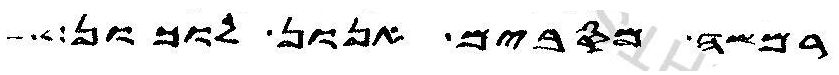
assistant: רמשה מסבים אנון לוכון